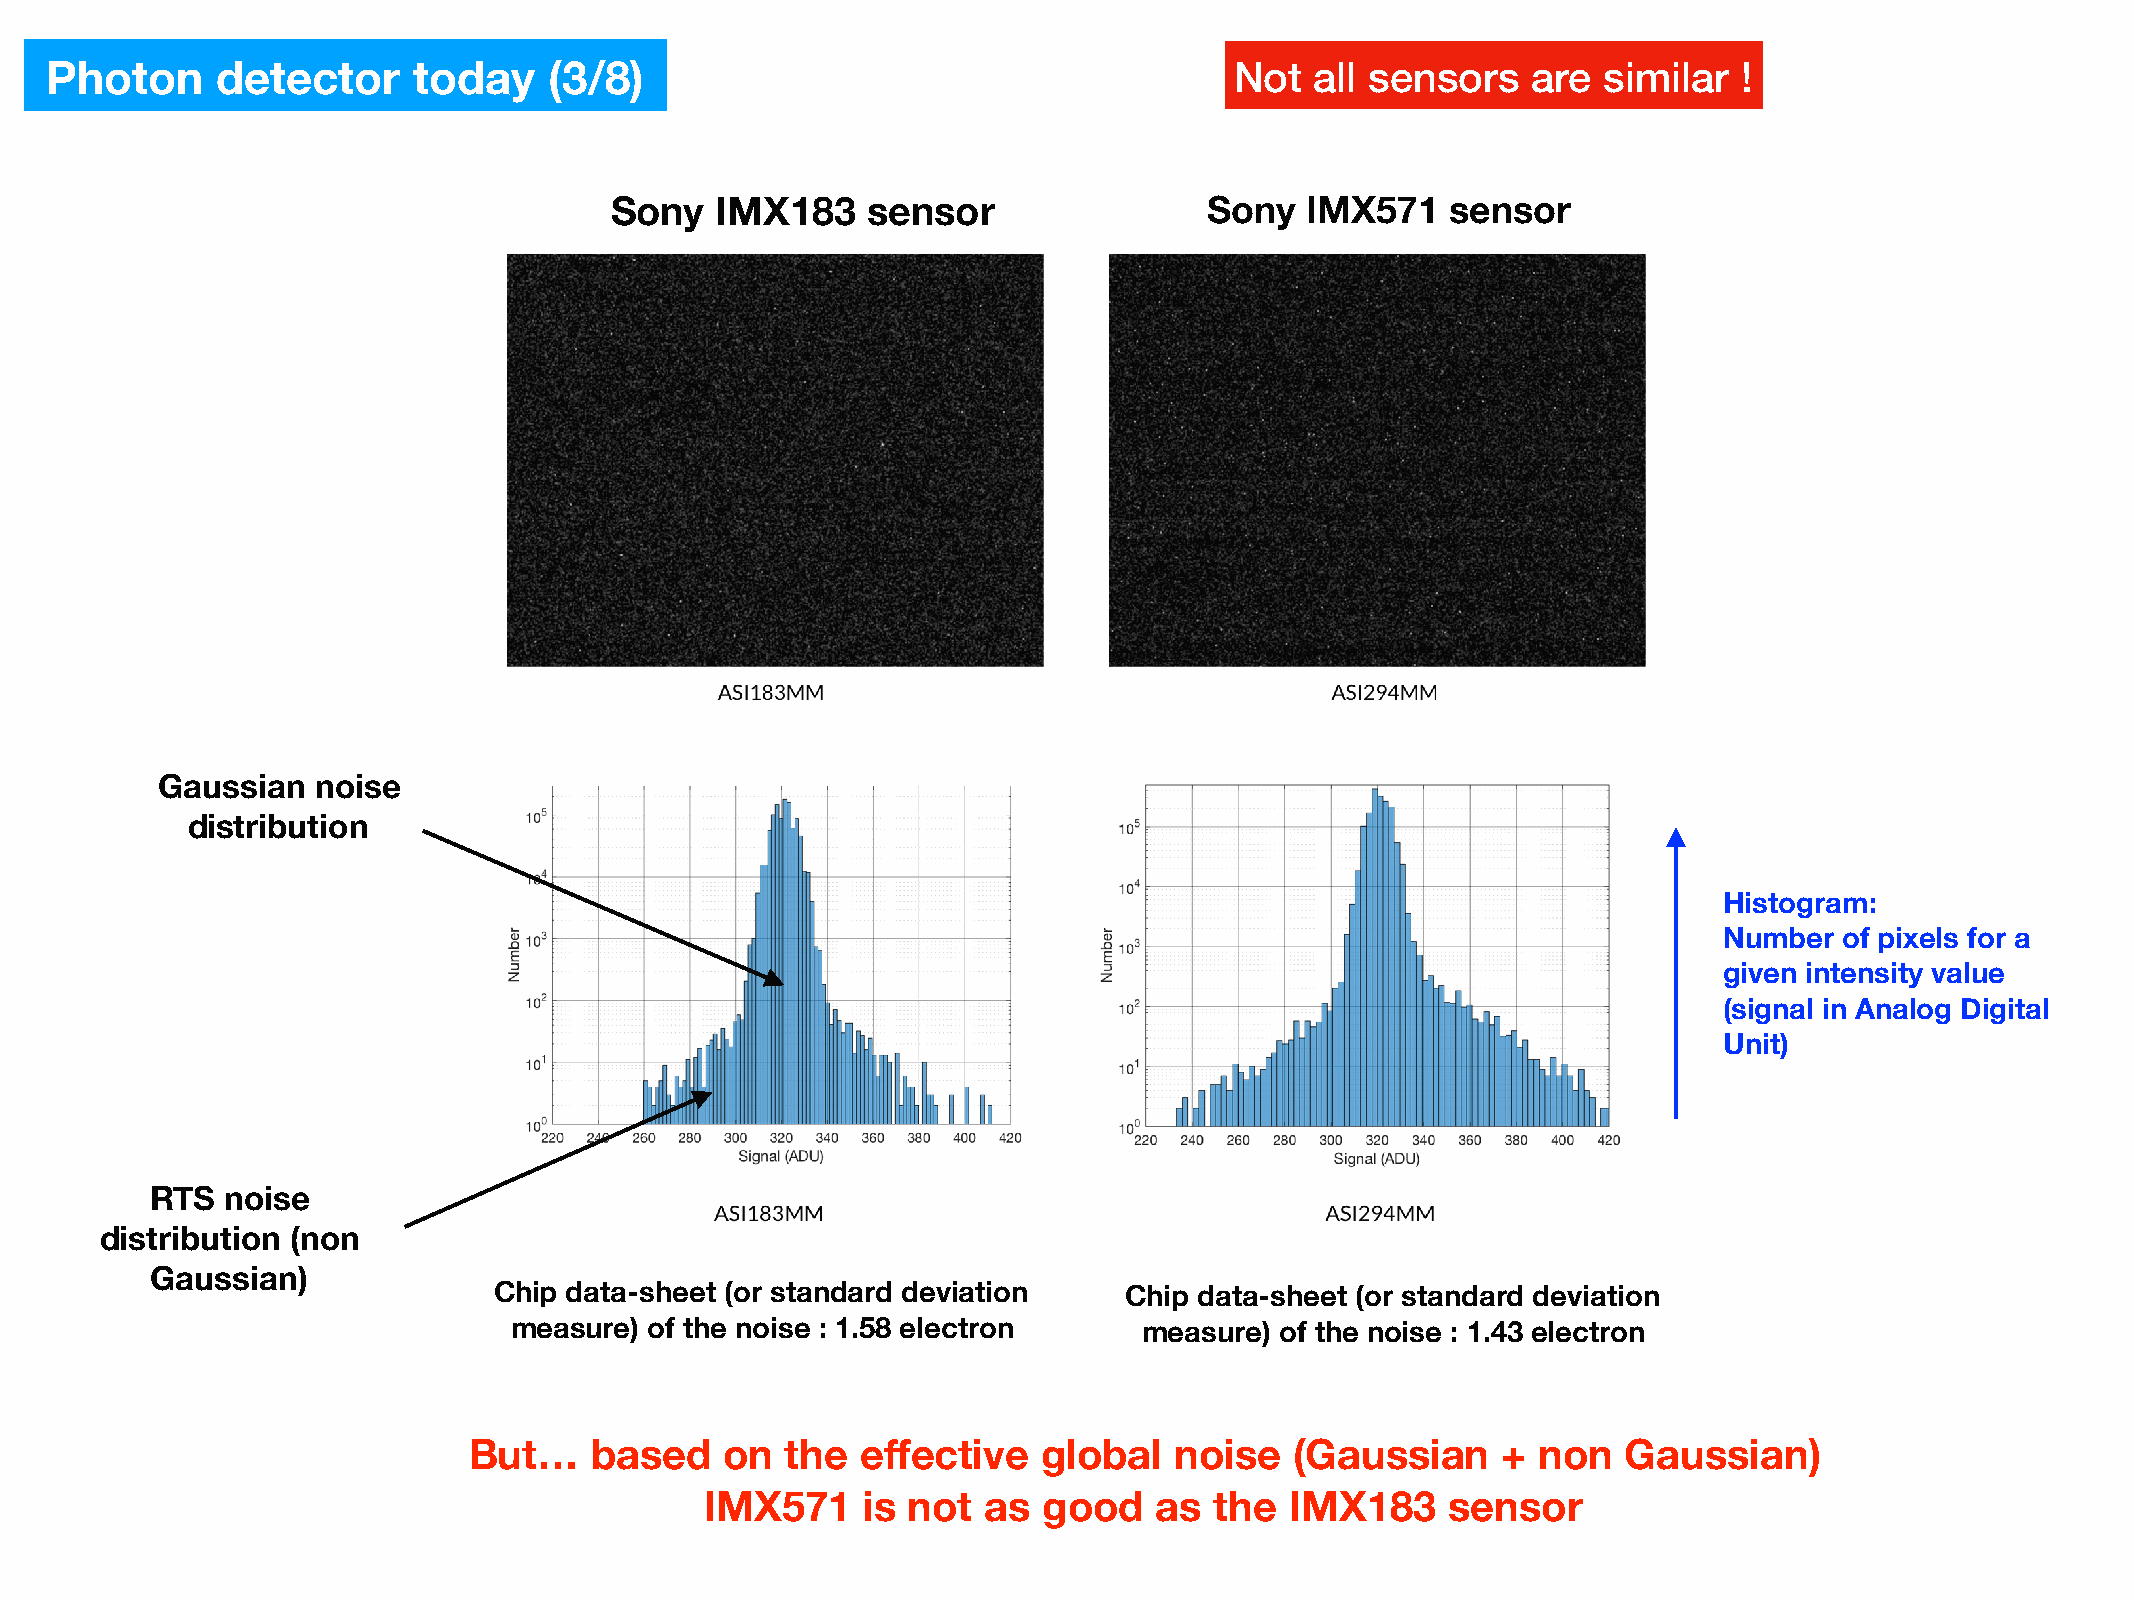
Photon     detector     today    (3/8)                                         Not  all sensors   are  similar  !
 Sony   IMX183    sensor                 Sony  IMX571    sensor
 Gaussian   noise
 distribution
 Histogram:
 Number  of pixels for a
 given intensity value
 (signal in Analog Digital
 Unit)
 RTS  noise
 distribution (non
 Gaussian)
 Chip data-sheet (or standard deviation   Chip data-sheet (or standard deviation
 measure) of the noise : 1.58 electron     measure) of the noise : 1.43 electron
 But…    based    on  the  effective   global   noise   (Gaussian    +  non   Gaussian)
 IMX571    is not  as  good    as the  IMX183     sensor